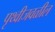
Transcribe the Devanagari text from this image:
पृथ्वीजवळील